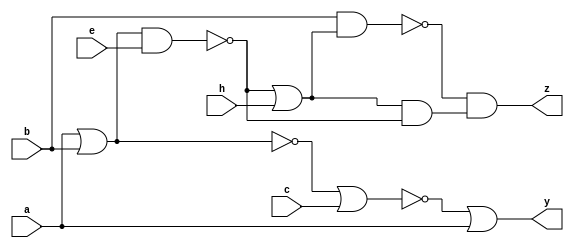
module logic2(
	input wire a,
	input wire b,
	input wire c,
	input wire e,
	input wire h,
	output wire y,
	output wire z
	);

wire d, f, g, h, j, k, w, x, p, q;
assign f = d;

or gate1(d, a, b);
and gate2(p, d, e);
not gate3(g, p);
or gate4(j, g, h);
nand gate5(w, b, j);
and gate6(x, j ,g);
not gate7(q, f);
nor gate8(k, q, c);

// final outputs
and gate9(z, w, x);
or gate10(y, k, a);




endmodule